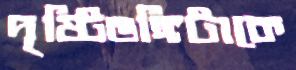
দৃষ্টিভঙ্গিটাকে